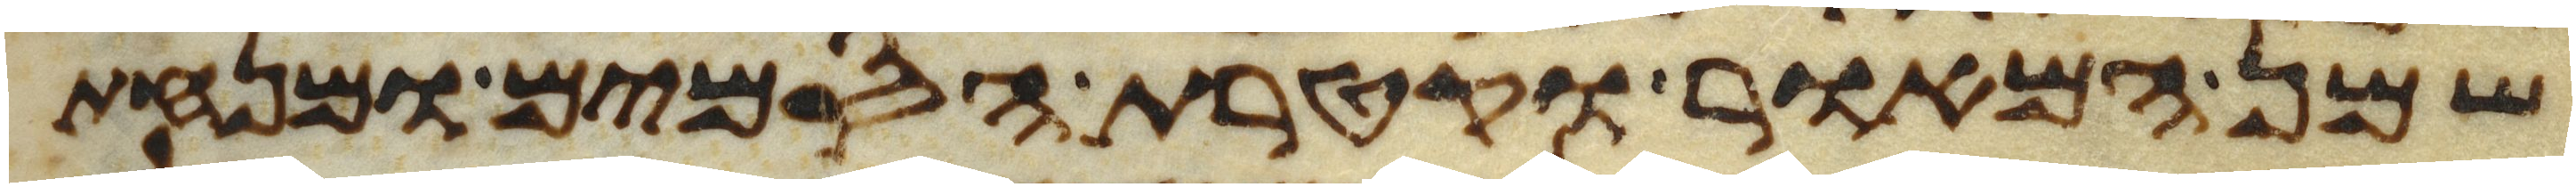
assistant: שמן המאור וקטרת הסמים ומנחת